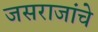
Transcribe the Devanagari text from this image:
जसराजांचे